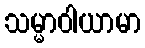
သမ္မာဝါယာမာ